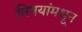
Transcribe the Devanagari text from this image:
विषयांमधून